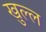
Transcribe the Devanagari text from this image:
खुल्ल